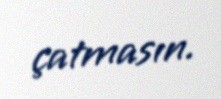
çatmasın.